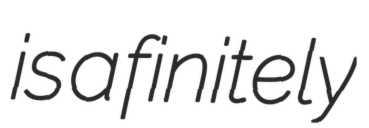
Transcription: is a finitely